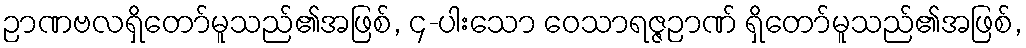
ဉာဏဗလရှိတော်မူသည်၏အဖြစ်, ၄-ပါးသော ဝေသာရဇ္ဇဉာဏ် ရှိတော်မူသည်၏အဖြစ်,